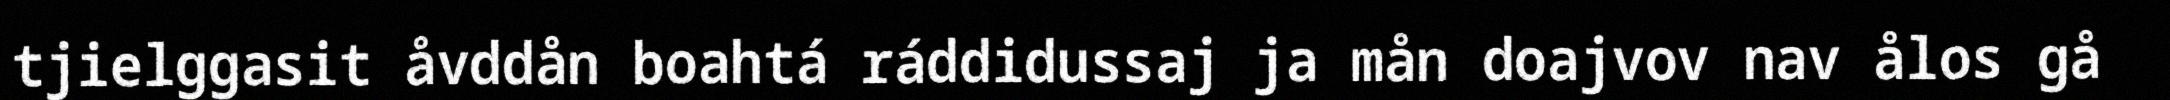
tjielggasit åvddån boahtá ráddidussaj ja mån doajvov nav ålos gå